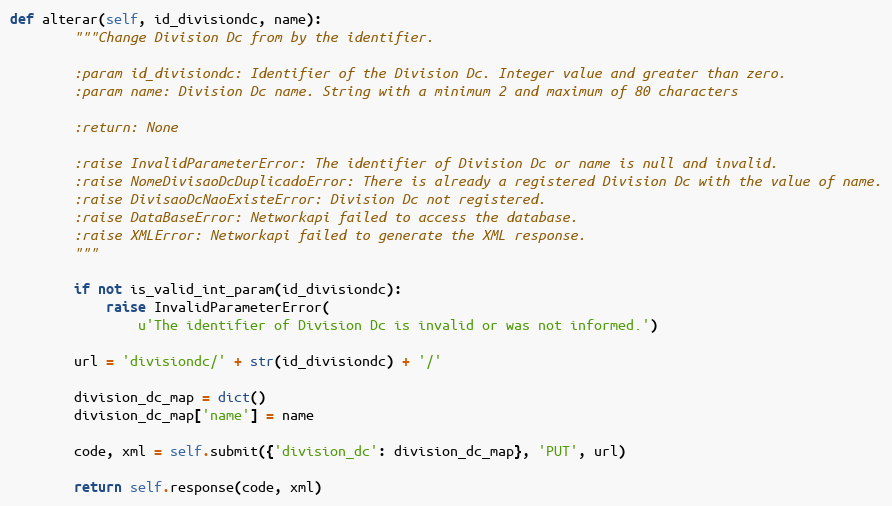
Language: Python
def alterar(self, id_divisiondc, name):
        """Change Division Dc from by the identifier.

        :param id_divisiondc: Identifier of the Division Dc. Integer value and greater than zero.
        :param name: Division Dc name. String with a minimum 2 and maximum of 80 characters

        :return: None

        :raise InvalidParameterError: The identifier of Division Dc or name is null and invalid.
        :raise NomeDivisaoDcDuplicadoError: There is already a registered Division Dc with the value of name.
        :raise DivisaoDcNaoExisteError: Division Dc not registered.
        :raise DataBaseError: Networkapi failed to access the database.
        :raise XMLError: Networkapi failed to generate the XML response.
        """

        if not is_valid_int_param(id_divisiondc):
            raise InvalidParameterError(
                u'The identifier of Division Dc is invalid or was not informed.')

        url = 'divisiondc/' + str(id_divisiondc) + '/'

        division_dc_map = dict()
        division_dc_map['name'] = name

        code, xml = self.submit({'division_dc': division_dc_map}, 'PUT', url)

        return self.response(code, xml)